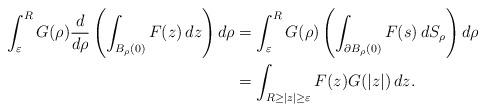
LaTeX: \begin{align*}\int_\varepsilon^R G(\rho)\frac{d}{d\rho} \left(\int_{B_\rho(0)}F(z)\, dz \right)d\rho&=\int_\varepsilon^R G(\rho)\left(\int_{\partial B_\rho(0)} F(s) \, dS_{\rho} \right) d\rho \\&=\int_{R \geq |z| \geq \varepsilon} F(z) G(|z|)\,dz.\end{align*}